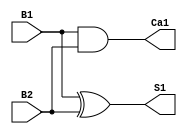
`timescale 1ns/1ns
module Medio_sumador(
    input B1,
    input B2,
    output S1, 
    output Ca1
    );

assign S1=B1 ^ B2;
assign Ca1=B1 & B2;

endmodule